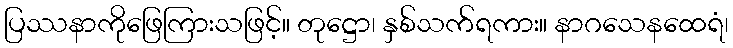
ပြဿနာကိုဖြေကြားသဖြင့်။ တုဋ္ဌော၊ နှစ်သက်ရကား။ နာဂသေနထေရံ၊